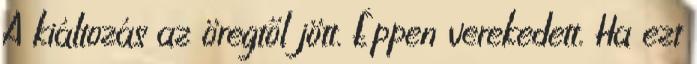
A kiáltozás az öregtől jött. Éppen verekedett. Ha ezt